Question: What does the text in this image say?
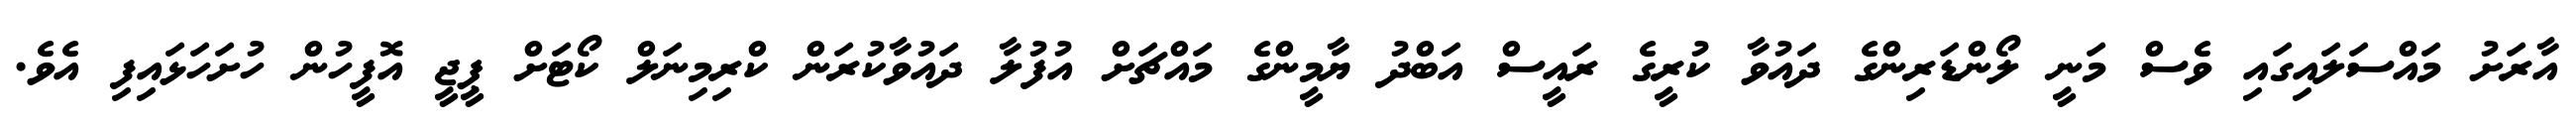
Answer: އާރަށު މައްސަލައިގައި ވެސް މަނީ ލޯންޑަރިންގެ ދައުވާ ކުރީގެ ރައީސް އަބްދު ޔާމީންގެ މައްޗަށް އުފުލާ ދައުވާކުރަން ކްރިމިނަލް ކޯޓަށް ޕީޖީ އޮފީހުން ހުށަހަޅައިފި އެވެ.